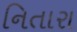
નિતારા